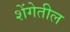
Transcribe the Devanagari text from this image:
शेंगेतील